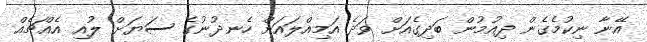
އޭނާ ނިކުމެގެން ދިއުމުން ބަދިގެއަށް ވަދެ އަމިއްލައަށް ހެނދުނުގެ ސަޔަށް ލުއި އެއްޗެއް